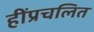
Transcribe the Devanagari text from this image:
हींप्रचलित